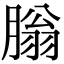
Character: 䐥